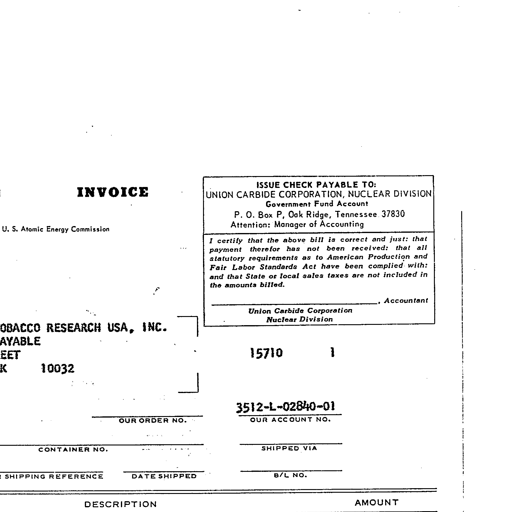
INVOICE
ISSUE CHECK PAYABLE TO:
UNION CARBIDE CORPORATION, NUCLEAR DIVISION
Government Fund Account
P. O. Box P, Oak Ridge, Tennessee 37830
Attention: Manager of Accounting
U. S. Atomic Energy Commission
I certify that the above bill is correct and just: that
payment therefor has not been received: that all
statutory requirements as to American Production and
Fair Labor Standards Act have been complied with:
and that State or local sales taxes are not included in
the amounts billed.
Accountant
Union Carbide Corporation
Nuclear Division
OBACCO RESEARCH USA, INC.
AYABLE
EET
K 10032
15710 1
3512-L-02840-01
OUR ORDER NO.
OUR ACCOUNT NO.
CONTAINER NO.
SHIPPED VIA
SHIPPING REFERENCE
DATE SHIPPED
B/L NO.
DESCRIPTION
AMOUNT